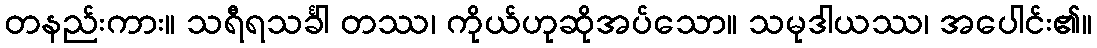
တနည်းကား။ သရီရသင်္ခါ တဿ၊ ကိုယ်ဟုဆိုအပ်သော။ သမုဒါယဿ၊ အပေါင်း၏။